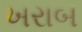
ખરાબ